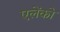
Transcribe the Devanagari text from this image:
एलेंको